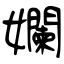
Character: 孄